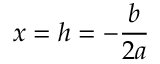
x = h = - { \frac { b } { 2 a } }